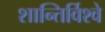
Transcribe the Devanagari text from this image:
शान्तिर्विश्वे